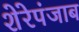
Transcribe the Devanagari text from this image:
शेरेपंजाब